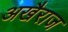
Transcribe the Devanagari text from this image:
अखैराज